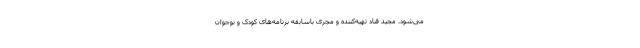
می‌شود. مجید قناد تهیه‌کننده و مجری باسابقه برنامه‌های کودک و نوجوان